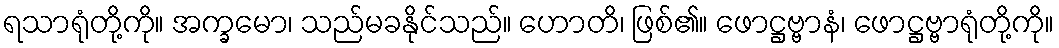
ရသာရုံတို့ကို။ အက္ခမော၊ သည်မခနိုင်သည်။ ဟောတိ၊ ဖြစ်၏။ ဖောဋ္ဌဗ္ဗာနံ၊ ဖောဋ္ဌဗ္ဗာရုံတို့ကို။